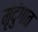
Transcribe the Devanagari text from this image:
मृदुंगात